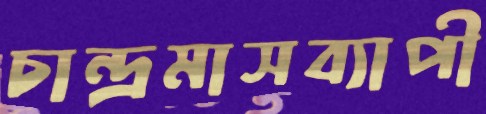
চান্দ্রমাসব্যাপী